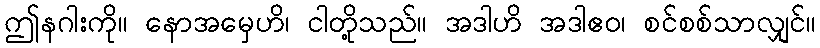
ဤနဂါးကို။ နောအမှေဟိ၊ ငါတို့သည်။ အဒါဟိ အဒါဧဝ၊ စင်စစ်သာလျှင်။